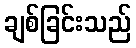
ချစ်ခြင်းသည်